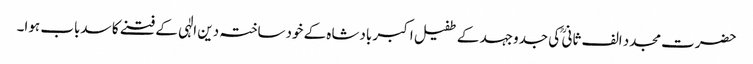
حضرت مجدد الف ثانی ؒ کی جدوجہد کے طفیل اکبر بادشاہ کے خودساختہ دین الٰہی کے فتنے کا سدباب ہوا۔